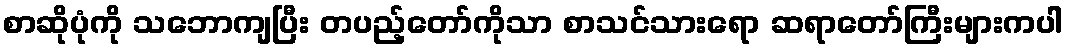
စာဆိုပုံကို သဘောကျပြီး တပည့်တော်ကိုသာ စာသင်သားရော ဆရာတော်ကြီးများကပါ